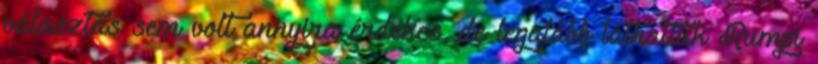
választás sem volt annyira érdekes, de legalább láthattuk Rumpi